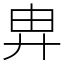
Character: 𢍁